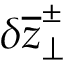
\delta \overline { { z } } _ { \perp } ^ { \pm }